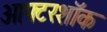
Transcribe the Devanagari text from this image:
आफ्टरशॉक